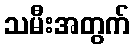
သမီးအတွက်